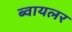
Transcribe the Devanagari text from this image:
ब्वायलर